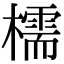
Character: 檽